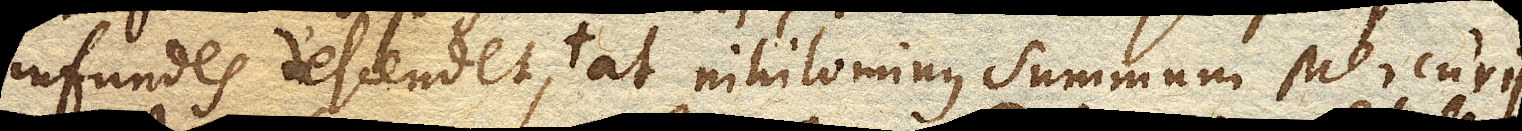
infundes descendet, at nihilominus summum Mercurii